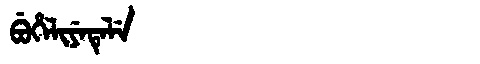
Manchu: ᠪᡠᡥᡝᠯᡳᠶᡝᡨᡝᠯᡝ
Romanization: BUHELIYETELE